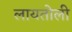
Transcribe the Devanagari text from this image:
लायतोली